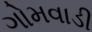
ગોમવાડી